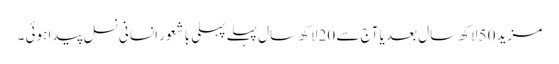
مزید 50لاکھ سال بعد یا آج سے 20لاکھ سال پہلے پہلی باشعور انسانی نسل پیدا ہوئی ۔